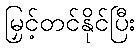
မြှင့်တင်နိုင်ပြီး